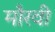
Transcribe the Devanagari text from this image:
मौरवी